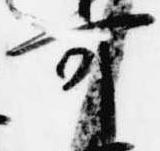
可